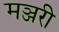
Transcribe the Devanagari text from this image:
मञ्जरी